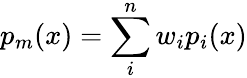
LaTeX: p_{m}(x)=\sum_{i}^{n}w_{i}p_{i}(x)